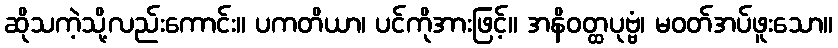
ဆိုသကဲ့သို့လည်းကောင်း။ ပကတိယာ၊ ပင်ကိုအားဖြင့်။ အနိဝတ္ထပုဗ္ဗံ၊ မဝတ်အပ်ဖူးသော။